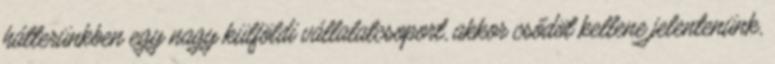
hátterünkben egy nagy külföldi vállalatcsoport, akkor csődöt kellene jelentenünk,